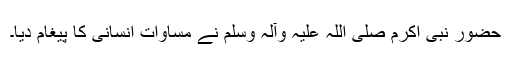
حضور نبی اکرم صلی اللہ علیہ وآلہ وسلم نے مساوات انسانی کا پیغام دیا۔